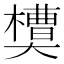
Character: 𰘻